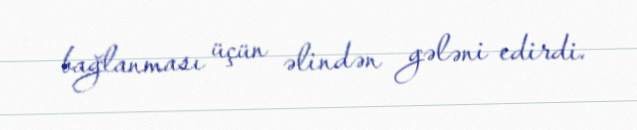
bağlanması üçün əlindən gələni edirdi.